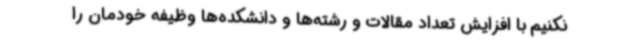
نکنیم با افزایش تعداد مقالات و رشته‌ها و دانشکده‌ها وظیفه خودمان را